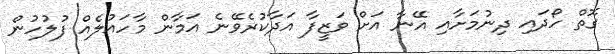
ގޮތް ހޯދައި ދިނުމަށާއި އޭނާ އަށް ވަޒީފާ އަދާކުރެވޭނެ އަމާން މާހައުލެއް ފުލުހުން